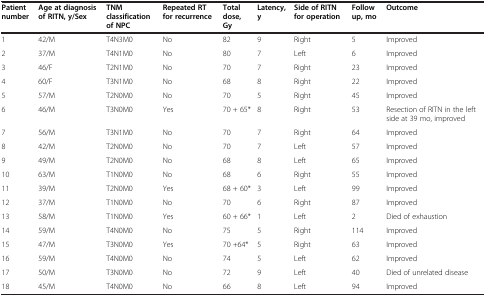
<table><thead><tr><td><b>Patient number</b></td><td><b>Age at diagnosis of RITN, y/Sex</b></td><td><b>TNM classification of NPC</b></td><td><b>Repeated RT for recurrence</b></td><td><b>Total dose, Gy</b></td><td><b>Latency, y</b></td><td><b>Side of RITN for operation</b></td><td><b>Follow up, mo</b></td><td><b>Outcome</b></td></tr></thead><tbody><tr><td>1</td><td>42/M</td><td>T4N3M0</td><td>No</td><td>82</td><td>9</td><td>Right</td><td>5</td><td>Improved</td></tr><tr><td>2</td><td>37/M</td><td>T4N1M0</td><td>No</td><td>80</td><td>7</td><td>Left</td><td>6</td><td>Improved</td></tr><tr><td>3</td><td>46/F</td><td>T2N1M0</td><td>No</td><td>70</td><td>7</td><td>Right</td><td>23</td><td>Improved</td></tr><tr><td>4</td><td>60/F</td><td>T3N1M0</td><td>No</td><td>68</td><td>8</td><td>Right</td><td>22</td><td>Improved</td></tr><tr><td>5</td><td>57/M</td><td>T2N0M0</td><td>No</td><td>70</td><td>5</td><td>Right</td><td>45</td><td>Improved</td></tr><tr><td>6</td><td>46/M</td><td>T3N0M0</td><td>Yes</td><td>70 + 65*</td><td>8</td><td>Right</td><td>53</td><td>Resection of RITN in the left side at 39 mo, improved</td></tr><tr><td>7</td><td>56/M</td><td>T3N1M0</td><td>No</td><td>70</td><td>7</td><td>Right</td><td>64</td><td>Improved</td></tr><tr><td>8</td><td>42/M</td><td>T2N0M0</td><td>No</td><td>70</td><td>7</td><td>Left</td><td>57</td><td>Improved</td></tr><tr><td>9</td><td>49/M</td><td>T2N0M0</td><td>No</td><td>68</td><td>8</td><td>Left</td><td>65</td><td>Improved</td></tr><tr><td>10</td><td>63/M</td><td>T1N0M0</td><td>No</td><td>68</td><td>6</td><td>Right</td><td>55</td><td>Improved</td></tr><tr><td>11</td><td>39/M</td><td>T2N0M0</td><td>Yes</td><td>68 + 60*</td><td>3</td><td>Left</td><td>99</td><td>Improved</td></tr><tr><td>12</td><td>37/M</td><td>T1N0M0</td><td>No</td><td>70</td><td>6</td><td>Right</td><td>87</td><td>Improved</td></tr><tr><td>13</td><td>58/M</td><td>T1N0M0</td><td>Yes</td><td>60 + 66*</td><td>1</td><td>Left</td><td>2</td><td>Died of exhaustion</td></tr><tr><td>14</td><td>59/M</td><td>T4N0M0</td><td>No</td><td>75</td><td>5</td><td>Right</td><td>114</td><td>Improved</td></tr><tr><td>15</td><td>47/M</td><td>T3N0M0</td><td>Yes</td><td>70 +64*</td><td>5</td><td>Right</td><td>63</td><td>Improved</td></tr><tr><td>16</td><td>59/M</td><td>T4N0M0</td><td>No</td><td>74</td><td>5</td><td>Left</td><td>62</td><td>Improved</td></tr><tr><td>17</td><td>50/M</td><td>T3N0M0</td><td>No</td><td>72</td><td>9</td><td>Left</td><td>40</td><td>Died of unrelated disease</td></tr><tr><td>18</td><td>45/M</td><td>T4N0M0</td><td>No</td><td>66</td><td>8</td><td>Left</td><td>94</td><td>Improved</td></tr></tbody></table>